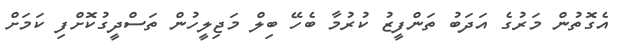
އެގޮތުން މަރުގެ އަދަބު ތަންފީޒު ކުރުމާ ބެހޭ ބިލް މަޖިލީހުން ތަސްދީގުކޮށްފި ކަމަށް